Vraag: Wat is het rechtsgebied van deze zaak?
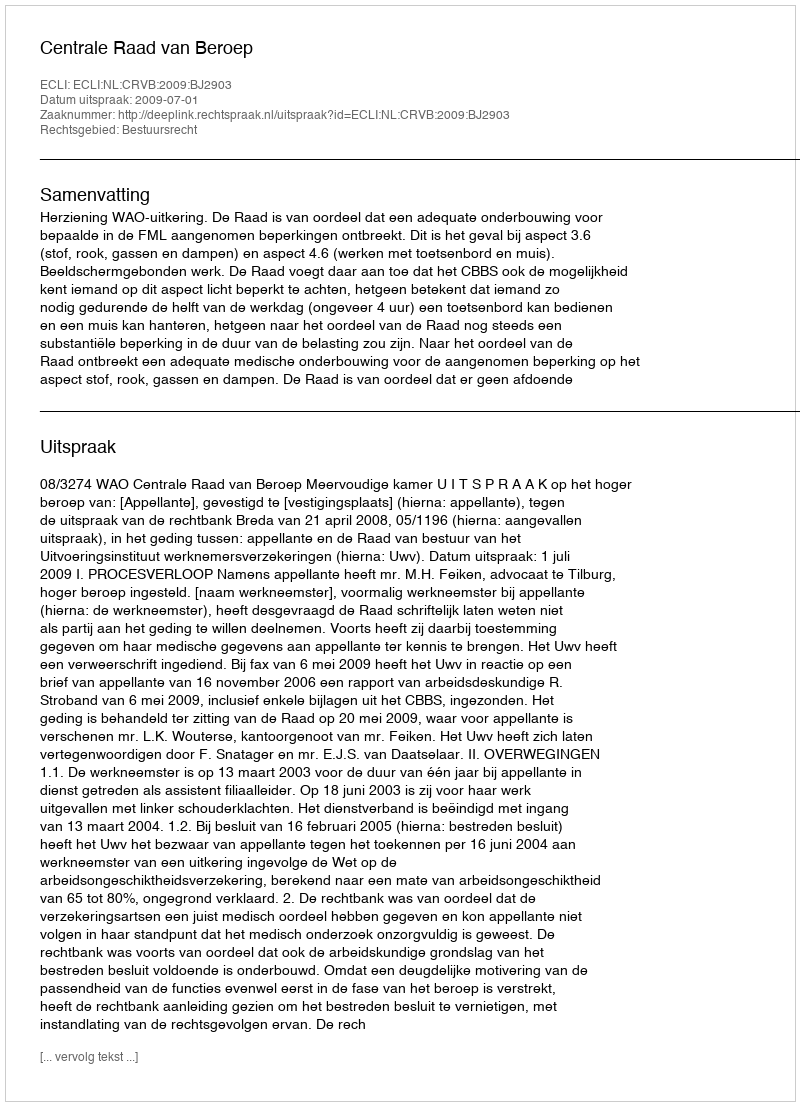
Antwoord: Bestuursrecht